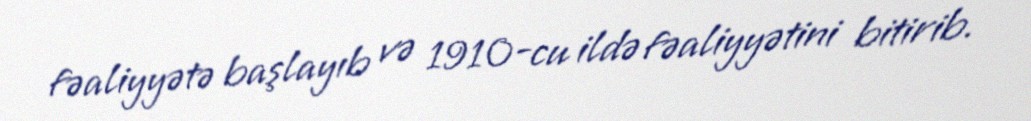
fəaliyyətə başlayıb və 1910-cu ildə fəaliyyətini bitirib.